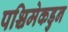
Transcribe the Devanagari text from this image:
पश्चिमेकडुन